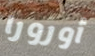
أورورا